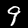
Label: 9